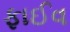
ફાઈવ